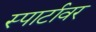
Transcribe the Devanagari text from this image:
स्पार्टावर